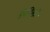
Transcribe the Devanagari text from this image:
मिनिस्ट्रो